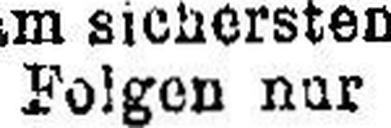
Folgen nur